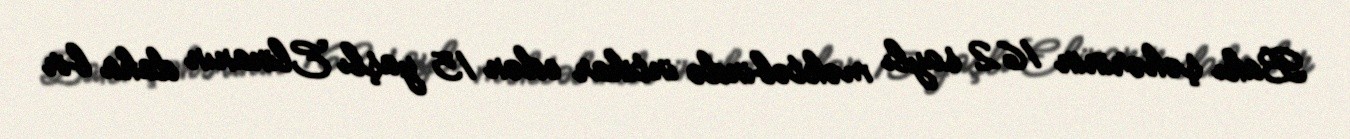
Bakı şəhərinin 162 saylı məktəbində intihar edən 15 yaşlı Elinanın daha bir